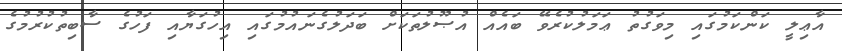
އާޢިލީ ކަންކަމުގައި މިވަގުތު ޢަމަލުކުރެވޭ ބައެއް އުޞޫލުތަކަށް ބަދަލުގެނައުމުގައި އިހުގަޔާއި ފަހުގެ ސާބިތުކުރުމުގެ